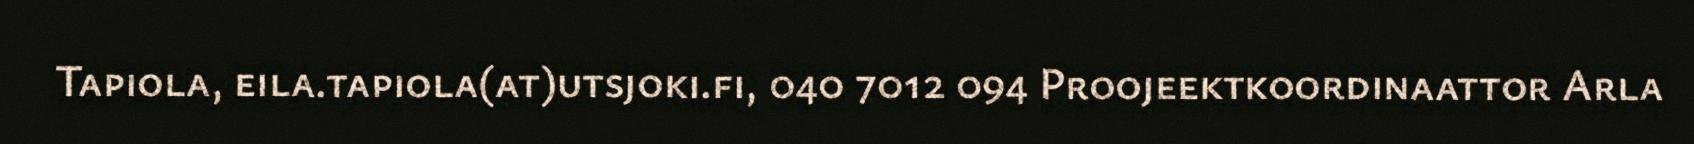
Tapiola, eila.tapiola(at)utsjoki.fi, 040 7012 094 Proojeektkoordinaattor Arla